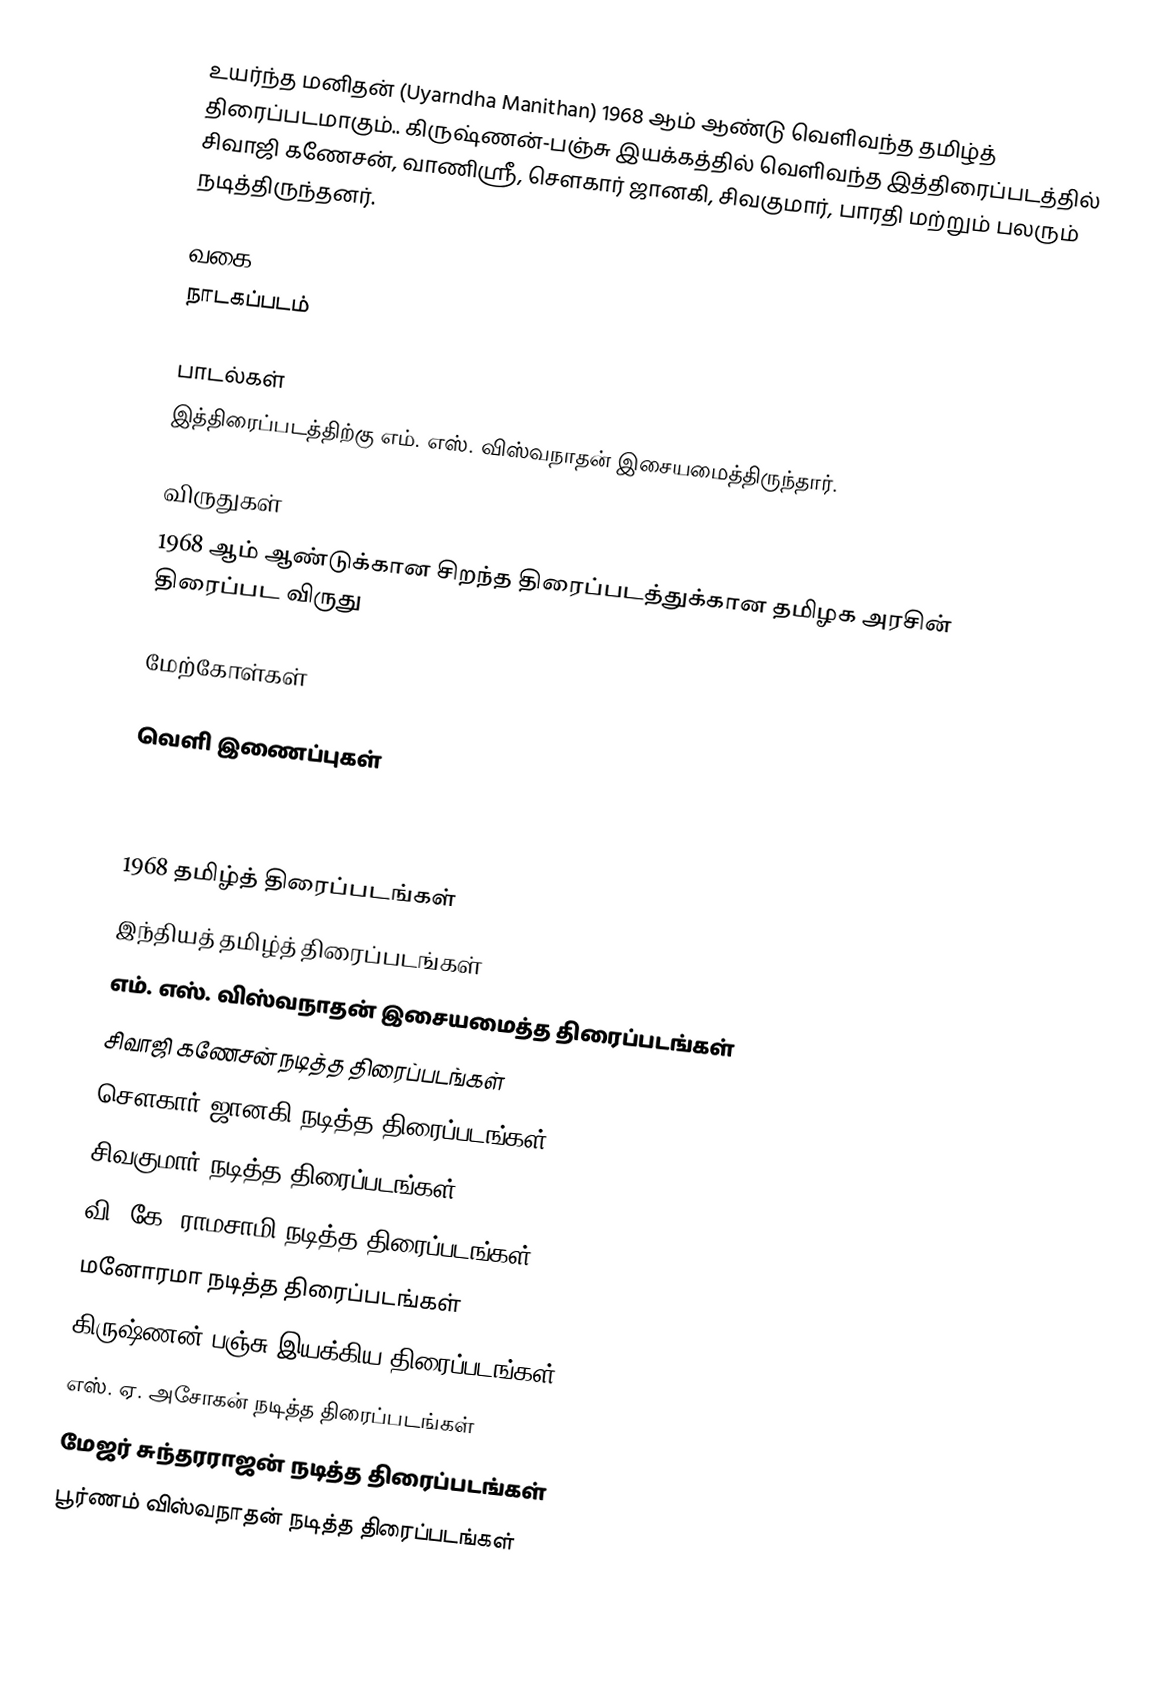
உயர்ந்த மனிதன் (Uyarndha Manithan) 1968 ஆம் ஆண்டு வெளிவந்த தமிழ்த் திரைப்படமாகும்.. கிருஷ்ணன்-பஞ்சு இயக்கத்தில் வெளிவந்த இத்திரைப்படத்தில் சிவாஜி கணேசன், வாணிஸ்ரீ, சௌகார் ஜானகி, சிவகுமார், பாரதி மற்றும் பலரும் நடித்திருந்தனர்.

வகை
நாடகப்படம்

பாடல்கள்
இத்திரைப்படத்திற்கு எம். எஸ். விஸ்வநாதன் இசையமைத்திருந்தார்.

விருதுகள்
 1968 ஆம் ஆண்டுக்கான சிறந்த திரைப்படத்துக்கான தமிழக அரசின் திரைப்பட விருது

மேற்கோள்கள்

வெளி இணைப்புகள்

1968 தமிழ்த் திரைப்படங்கள்
இந்தியத் தமிழ்த் திரைப்படங்கள்
எம். எஸ். விஸ்வநாதன் இசையமைத்த திரைப்படங்கள்
சிவாஜி கணேசன் நடித்த திரைப்படங்கள்
சௌகார் ஜானகி நடித்த திரைப்படங்கள்
சிவகுமார் நடித்த திரைப்படங்கள்
வி. கே. ராமசாமி நடித்த திரைப்படங்கள்
மனோரமா நடித்த திரைப்படங்கள்
கிருஷ்ணன்-பஞ்சு இயக்கிய திரைப்படங்கள்
எஸ். ஏ. அசோகன் நடித்த திரைப்படங்கள்
மேஜர் சுந்தரராஜன் நடித்த திரைப்படங்கள்
பூர்ணம் விஸ்வநாதன் நடித்த திரைப்படங்கள்